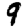
Digit: 9